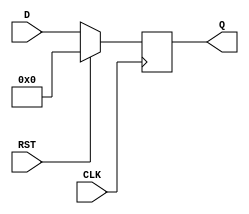
module DataRegister #(
    parameter WIDTH = 8  // Parameter to define the width of the register
)(
    input wire [WIDTH-1:0] D,      // Data input
    input wire CLK,                 // Clock input
    input wire RST,                 // Reset input
    output reg [WIDTH-1:0] Q        // Data output
);

    // Synchronous reset implementation
    always @(posedge CLK) begin
        if (RST) begin
            Q <= 0;                   // Reset the register to zero
        end else begin
            Q <= D;                   // Capture the input data on clock edge
        end
    end

endmodule